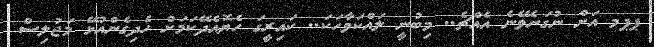
ޕޕމ އަށް ނުގަނެވޭނެ އެއްޗެ.. މިބުނީ ލައްކަވާހަކަ.. ކައިރީގަ ހެޔޮއެދޭކަމަށް ހެދިގެންއުޅޭ މަޖުލިސް